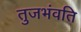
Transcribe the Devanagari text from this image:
तुजभंवति